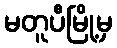
မတူပီမြို့မှ